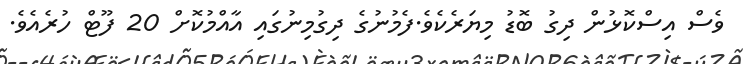
ވެސް އިސްކޮޅުން ދިގު ބޮޑު މިޔަރެކެވެ.ފެމުނުގެ ދިގުމިނުގައި އާއްމުކޮށް 20 ފޫޓް ހުރެއެވެ.